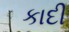
કાદી